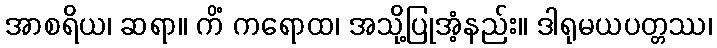
အာစရိယ၊ ဆရာ။ ကိံ ကရောထ၊ အသို့ပြုအံ့နည်း။ ဒါရုမယပတ္တဿ၊